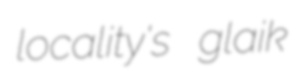
locality's glaik